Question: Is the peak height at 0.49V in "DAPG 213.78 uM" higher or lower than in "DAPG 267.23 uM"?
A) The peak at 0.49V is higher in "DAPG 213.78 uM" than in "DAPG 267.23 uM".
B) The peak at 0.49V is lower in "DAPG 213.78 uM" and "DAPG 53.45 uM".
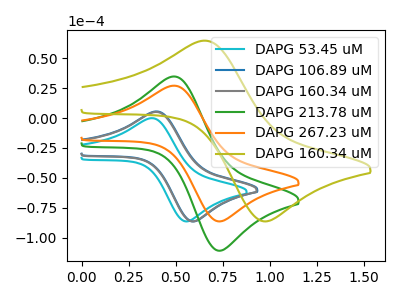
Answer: <think>The cyan curve "DAPG 53.45 uM" has an anodic peak at (0.35V, -0.10uA) and a cathodic peak at (0.55V, -86.35uA). The blue curve "DAPG 106.89 uM" has an anodic peak at (0.40V, 5.50uA) and a cathodic peak at (0.60V, -86.35uA). The gray curve "DAPG 160.34 uM" has an anodic peak at (0.40V, 5.10uA) and a cathodic peak at (0.60V, -86.35uA). The green curve "DAPG 213.78 uM" has an anodic peak at (0.50V, 34.70uA) and a cathodic peak at (0.75V, -110.85uA). The orange curve "DAPG 267.23 uM" has an anodic peak at (0.50V, 27.05uA) and a cathodic peak at (0.75V, -86.35uA). The olive curve "DAPG 160.34 uM" has an anodic peak at (0.65V, 64.65uA) and a cathodic peak at (1.00V, -86.35uA).</think>
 <answer>A) The peak at 0.49V is higher in "DAPG 213.78 uM" than in "DAPG 267.23 uM".</answer>
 <eval>A</eval>